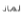
لماذا